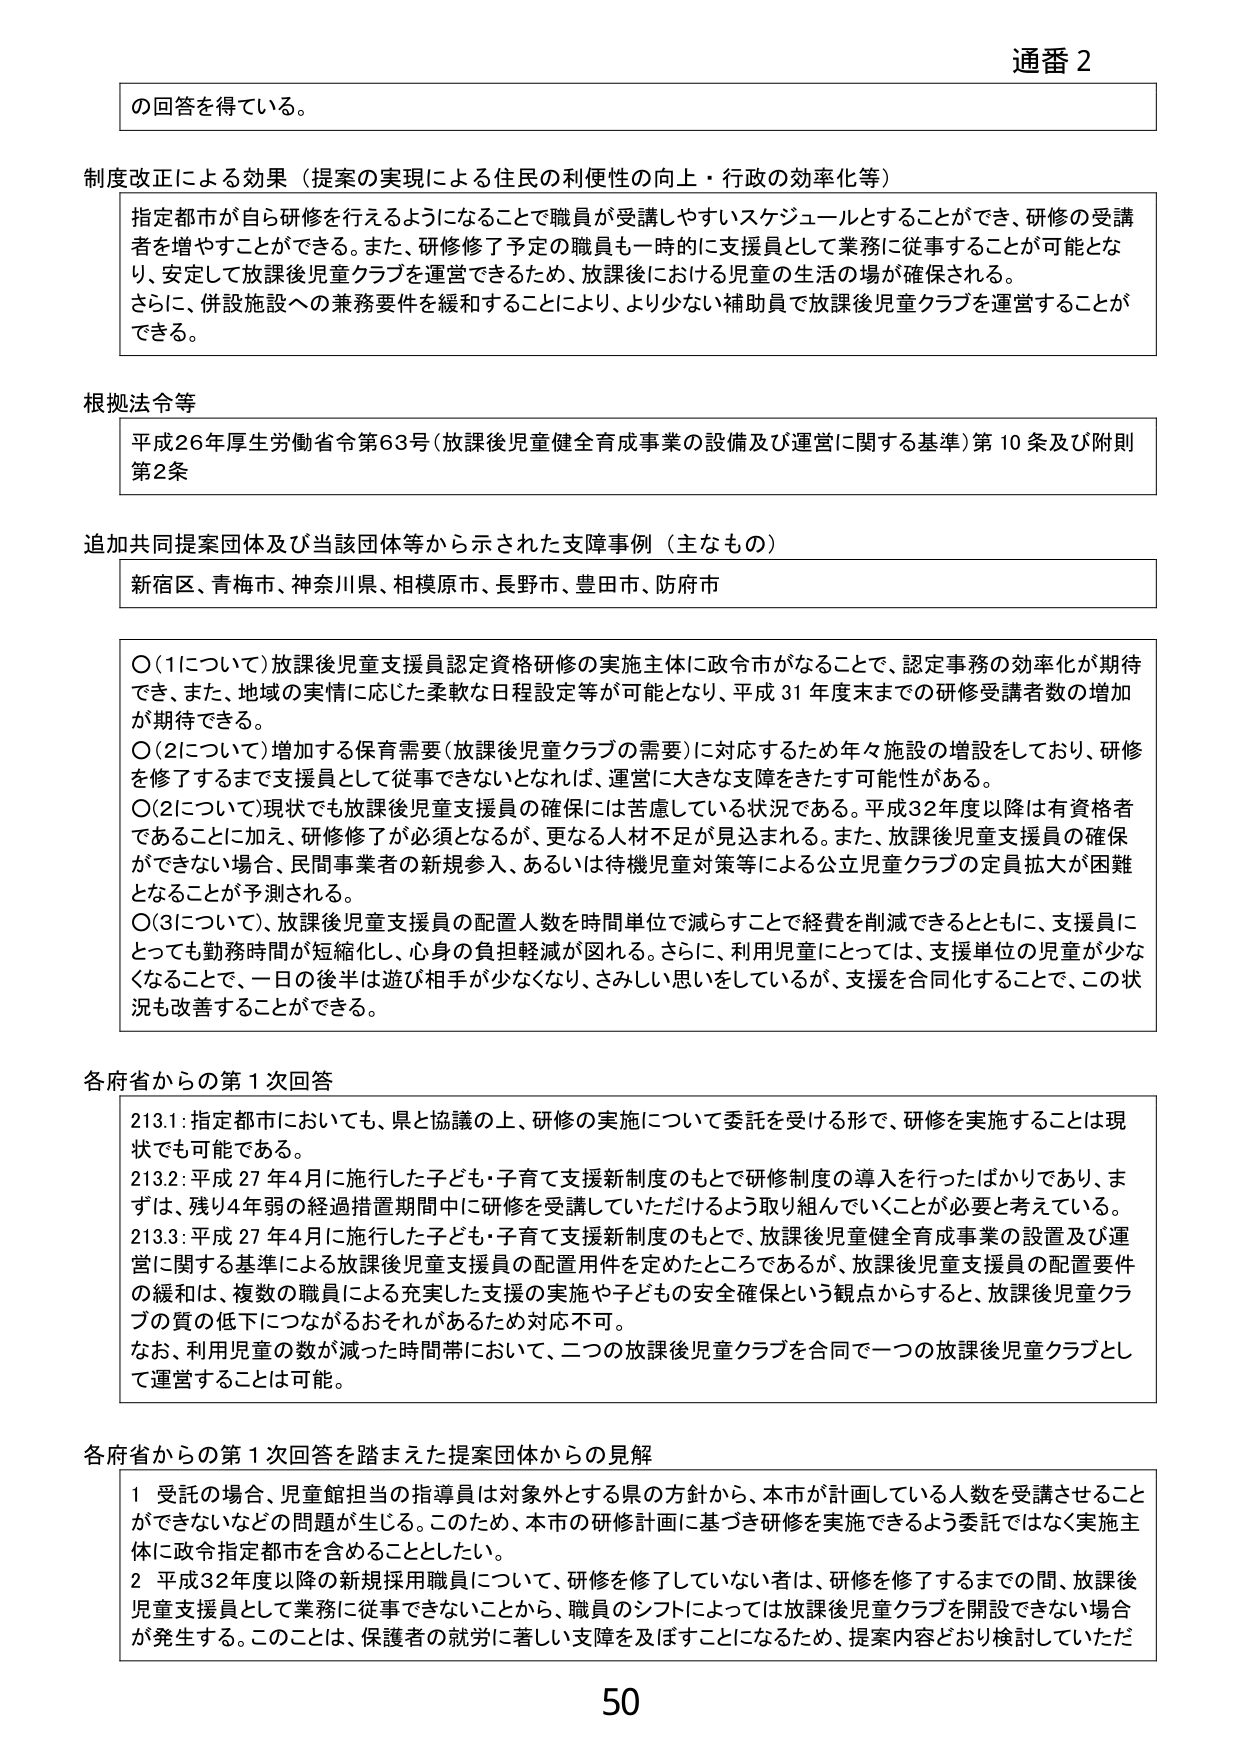
通番 2

の回答を得ている。

制度改正による効果（提案の実現による住民の利便性の向上・行政の効率化等）
指定都市が自ら研修を行えるようになることで職員が受講しやすいスケジュールとすることができ、研修の受講者を増やすことができる。また、研修修了予定の職員も一時的に支援員として業務に従事することが可能となり、安定して放課後児童クラブを運営できるため、放課後における児童の生活の場が確保される。
さらに、併設施設への兼務要件を緩和することにより、より少ない補助員で放課後児童クラブを運営することができる。

根拠法令等
平成26年厚生労働省令第63号（放課後児童健全育成事業の設備及び運営に関する基準）第10条及び附則第2条

追加共同提案団体及び当該団体等から示された支障事例（主なもの）
新宿区、青梅市、神奈川県、相模原市、長野市、豊田市、防府市

〇（1について）放課後児童支援員認定資格研修の実施主体に政令市がなることで、認定事務の効率化が期待でき、また、地域の実情に応じた柔軟な日程設定等が可能となり、平成31年度末までの研修受講者数の増加が期待できる。
〇（2について）増加する保育需要（放課後児童クラブの需要）に対応するため年々施設の増設をしており、研修を修了するまで支援員として従事できないとなれば、運営に大きな支障をきたす可能性がある。
〇（2について）現状でも放課後児童支援員の確保には苦慮している状況である。平成32年度以降は有資格者であることになに加え、研修修了が必須となるが、更なる人材不足が見込まれる。また、放課後児童支援員の確保ができない場合、民間事業者の新規参入、あるいは待機児童対策等による公立児童クラブの定員拡大が困難となることが予測される。
〇（3について）放課後児童支援員の配置人数を時間単位で減らすことで経費を削減できるとともに、支援員にとっても勤務時間が短縮化し、心身の負担軽減が図れる。さらに、利用児童にとっては、支援単位の児童が少なくなることで、一日の後半は遊び相手が少なくなり、さみしい思いをしているが、支援を合同化することで、この状況も改善することができる。

各府省からの第1次回答
213.1：指定都市においても、県と協議の上、研修の実施について委託を受ける形で、研修を実施することは現状でも可能である。
213.2：平成27年4月に施行した子ども・子育て支援新制度のもとで研修制度の導入を行ったばかりであり、まずは、残り4年弱の経過措置期間中に研修を受講していただけるよう取り組んでいくことが必要と考えている。
213.3：平成27年4月に施行した子ども・子育て支援新制度のもとで、放課後児童健全育成事業の設置及び運営に関する基準による放課後児童支援員の配置要件を定めたところであるが、放課後児童支援員の配置要件の緩和は、複数の職員による充実した支援の実施や子どもの安全確保という観点からすると、放課後児童クラブの質の低下につながるおそれがあるため対応不可。
なお、利用児童の数が減った時間帯において、二つの放課後児童クラブを合同で一つの放課後児童クラブとして運営することは可能。

各府省からの第1次回答を踏まえた提案団体からの見解
1 受託の場合、児童館担当の指導員は対象外とする県の方針から、本市が計画している人数を受講させることができないなどの問題が生じる。このため、本市の研修計画に基づき研修を実施できるよう委託ではなく実施主体に政令指定都市を含めることとしたい。
2 平成32年度以降の新規採用職員について、研修を修了していない者は、研修を修了するまでの間、放課後児童支援員として業務に従事できないことから、職員のシフトによっては放課後児童クラブを開設できない場合が発生する。このことは、保護者の就労に著しい支障を及ぼすことになるため、提案内容どおり検討していただきたい。

50